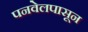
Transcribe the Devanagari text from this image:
पनवेलपासून